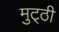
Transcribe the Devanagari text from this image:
मुट्‌ठी